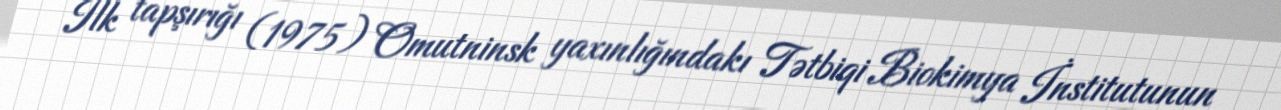
İlk tapşırığı (1975) Omutninsk yaxınlığındakı Tətbiqi Biokimya İnstitutunun